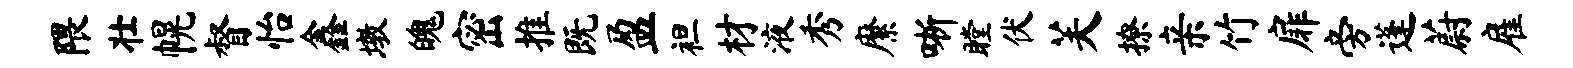
隈壮幌督怡鑫墩魄密推既盈袒材液秀縻晰瞠伏芙撩亲竹扉旁蓬蔚雇